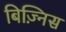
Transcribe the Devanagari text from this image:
बिज़्निस